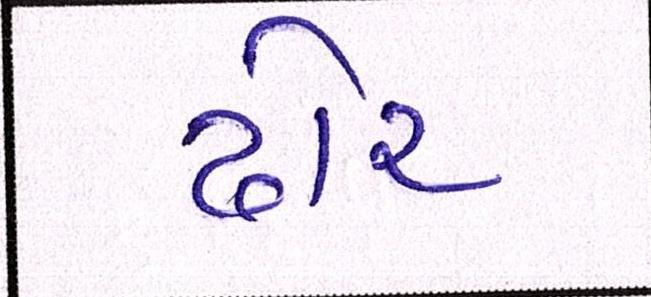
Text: ઢોર